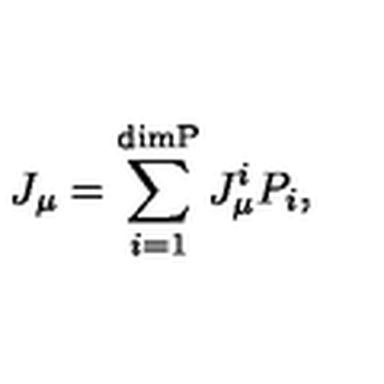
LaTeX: J _ { \mu } = \sum _ { i = 1 } ^ { \mathrm { \footnotesize { d i m P } } } J _ { \mu } ^ { i } P _ { i } ,